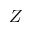
Z